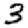
Digit: 3